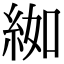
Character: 𦀌